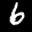
Label: 6